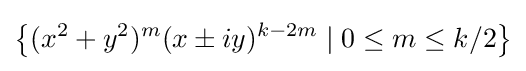
\left\{(x^{2}+y^{2})^{m}(x\pm iy)^{k-2m}\mid 0\leq m\leq k/2\right\}